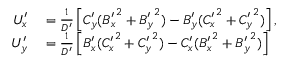
\begin{array} { r l } { U _ { x } ^ { \prime } } & { { } = { \frac { 1 } { D ^ { \prime } } } \left[ C _ { y } ^ { \prime } ( { B _ { x } ^ { \prime } } ^ { 2 } + { B _ { y } ^ { \prime } } ^ { 2 } ) - B _ { y } ^ { \prime } ( { C _ { x } ^ { \prime } } ^ { 2 } + { C _ { y } ^ { \prime } } ^ { 2 } ) \right] , } \\ { U _ { y } ^ { \prime } } & { { } = { \frac { 1 } { D ^ { \prime } } } \left[ B _ { x } ^ { \prime } ( { C _ { x } ^ { \prime } } ^ { 2 } + { C _ { y } ^ { \prime } } ^ { 2 } ) - C _ { x } ^ { \prime } ( { B _ { x } ^ { \prime } } ^ { 2 } + { B _ { y } ^ { \prime } } ^ { 2 } ) \right] } \end{array}